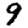
Digit: 9